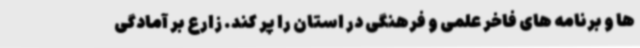
ها و برنامه های فاخر علمی و فرهنگی در استان را پر کند. زارع بر آمادگی